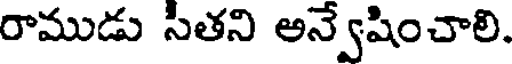
రాముడు సితని అన్వేషించాలి.